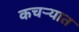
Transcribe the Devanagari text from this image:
कचर्‍यात